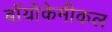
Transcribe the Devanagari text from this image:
बॉयोकेमीकल